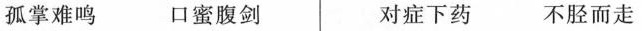
孤掌难鸣 口蜜腹剑 对症下药 不胫而走